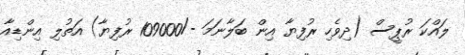
ލައްކަ ރުޕީސް (ދިވެހި ރުފިޔާ އިން ބަލާނަމަ -/109000 ރުފިޔާ) އަތުލި އިންޑިއާ